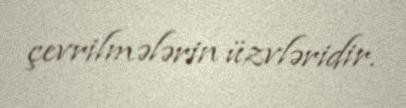
çevrilmələrin üzvləridir.